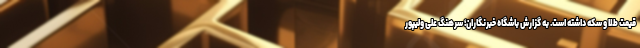
قیمت طلا و سکه داشته است. به گزارش باشگاه خبرنگاران؛ سرهنگ علی ولیپور